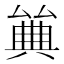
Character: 𠔰